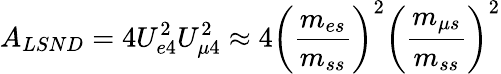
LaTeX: A_{LSND}=4U_{e4}^{2}U_{\mu 4}^{2}\approx 4\left(\frac{m_{es}}{m_{ss}}\right)^{2}\left(\frac{m_{\mu s}}{m_{ss}}\right)^{2}